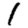
Digit: 1